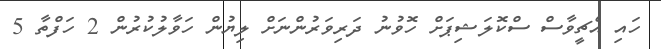
ހައި އެޗީވާސް ސްކޮލަޝިޕަށް ހޮވުނު ދަރިވަރުންނަށް ލިޔުން ހަވާލުކުރުން 2 ހަފްތާ 5